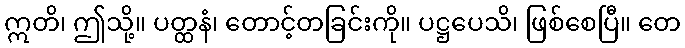
ဣတိ၊ ဤသို့။ ပတ္ထနံ၊ တောင့်တခြင်းကို။ ပဋ္ဌပေသိ၊ ဖြစ်စေပြီ။ တေ